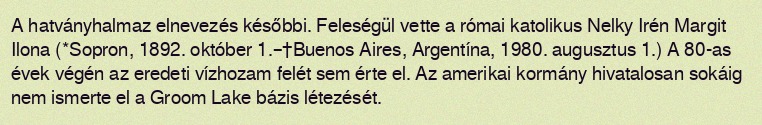
A hatványhalmaz elnevezés későbbi. Feleségül vette a római katolikus Nelky Irén Margit Ilona (*Sopron, 1892. október 1.–†Buenos Aires, Argentína, 1980. augusztus 1.) A 80-as évek végén az eredeti vízhozam felét sem érte el. Az amerikai kormány hivatalosan sokáig nem ismerte el a Groom Lake bázis létezését.